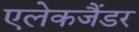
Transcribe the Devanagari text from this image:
एलेकजैंडर